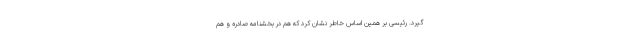
گیرد. رئیسی بر همین اساس خاطر نشان کرد که هم در بخشنامه صادره و هم